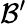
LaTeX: \mathcal{B}^{\prime}